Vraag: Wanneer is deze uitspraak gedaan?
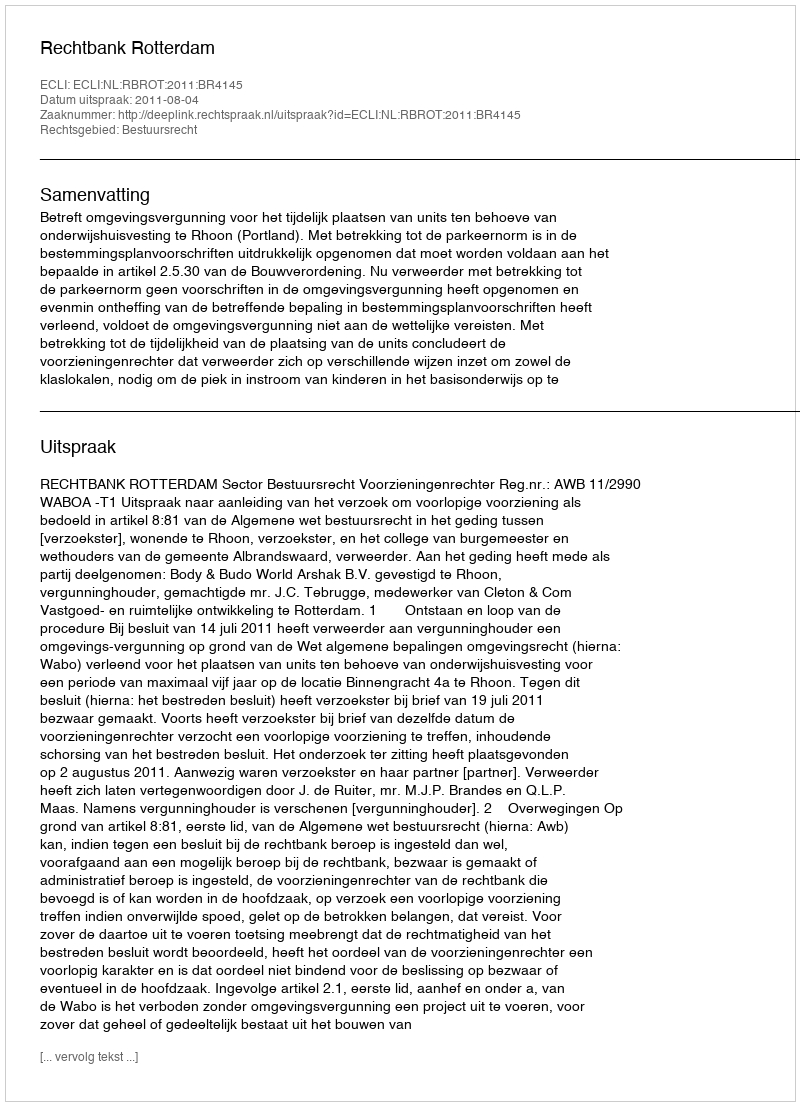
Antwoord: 2011-08-04